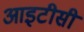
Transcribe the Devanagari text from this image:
आइटीसी